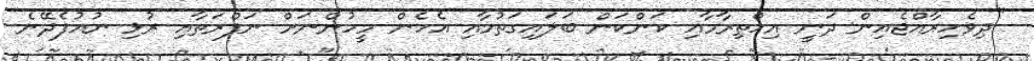
"ދިވެހިރާއްޖެއިން ދަނީ އިހްތިރާމާއި ކަންކަން ބަލައިގަތުމާއި އެހެން މީހުންނަށް ނަފްރަތާއި ރުޅި ނުއުފެދޭނެ